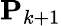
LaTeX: \mathbf{P}_{k+1}